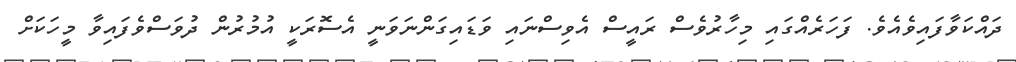
ދައްކަވާފައިވެއެވެ. ފަހަރެއްގައި މިހާރުވެސް ރައީސް އެވިސްނައި ވަޑައިގަންނަވަނީ އެސޮރަކީ އުމުރުން ދުވަސްވެފައިވާ މީހަކަށް